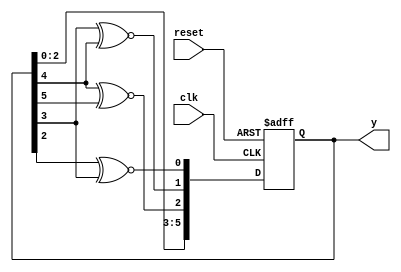
//*********************************************************
// IEEE STD 1364-2001 Verilog file: lfsr6s3.v 
// Author-EMAIL: Uwe.Meyer-Baese@ieee.org
//*********************************************************
module lfsr6s3       //----> Interface
  (input clk,        // System clock
   input reset,      // Asynchronous reset 
   output [6:1] y);  // System output
// -------------------------------------------------------- 
  reg [6:1] ff; // Note that reg is keyword in Verilog and 
                               // can not be variable name

  always @(posedge clk or posedge reset) 
  begin 
    if (reset)              // Asynchronous clear
      ff <= 0;
    else begin             // Implement three-step 
      ff[6] <= ff[3];      // length-6 LFSR with xnor; 
      ff[5] <= ff[2];      // use non-blocking assignments
      ff[4] <= ff[1];           
      ff[3] <= ff[5] ~^ ff[6];
      ff[2] <= ff[4] ~^ ff[5];
      ff[1] <= ff[3] ~^ ff[4];
    end
  end

  assign  y = ff; 

endmodule